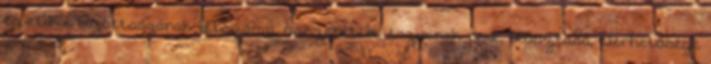
és etikai bizottságának létszáma, összetétele, tagjainak neve, beosztása, elérhetősége